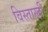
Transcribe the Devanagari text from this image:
विस्तारही